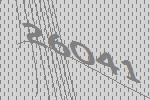
26041